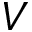
V